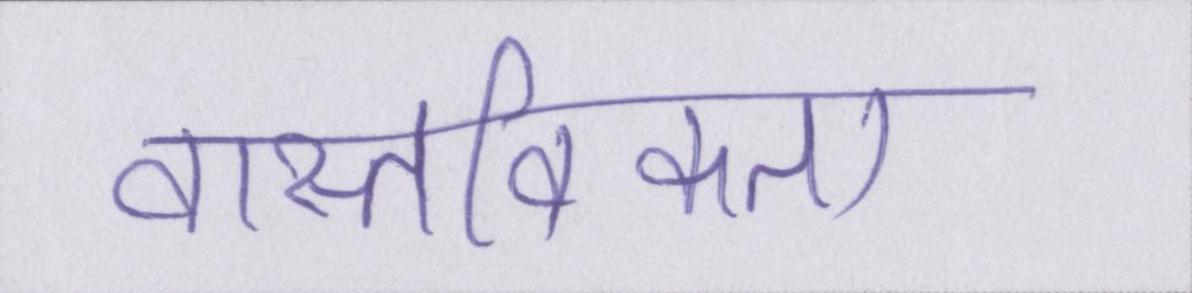
वास्तविकता